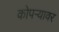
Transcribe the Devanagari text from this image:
कोपऱ्यावर